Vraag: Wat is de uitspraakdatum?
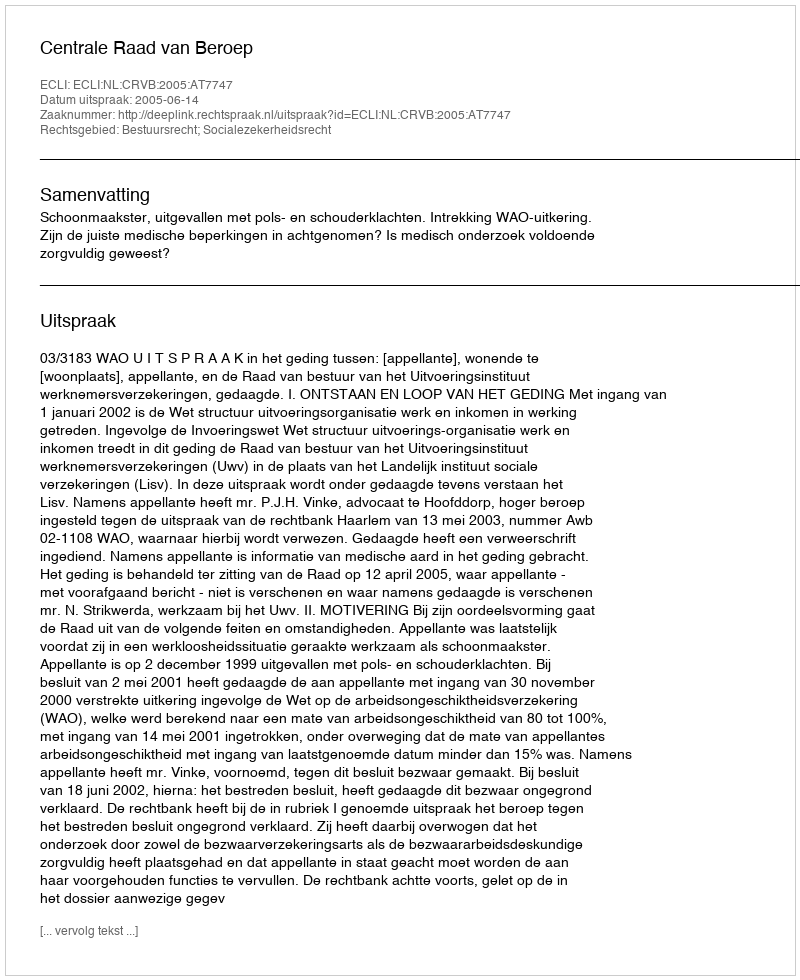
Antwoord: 2005-06-14